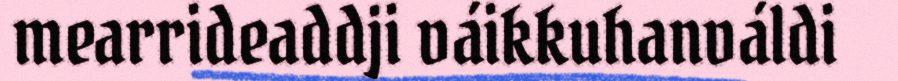
mearrideaddji váikkuhanváldi